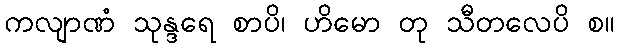
ကလျာဏံ သုန္ဒရေ စာပိ၊ ဟိမော တု သီတလေပိ စ။